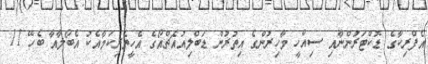
އެފްރިކާގެ ޑޮކްޓަރުންނާއި ސިއްހީ މާހިރުންގެ އިތުރުން ޑަބްލިއުއެޗްއޯގެ އެހީތެރިކަމާއެކު އެބޯލާއާ ބެހޭ 11